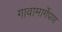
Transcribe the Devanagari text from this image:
गावामार्गेपण